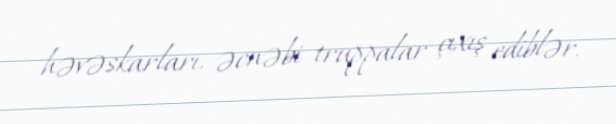
həvəskarları, əcnəbi truppalar çıxış ediblər.